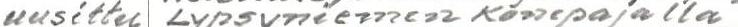
uusittu Lypsyniemen Konepajalla